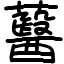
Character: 鿀